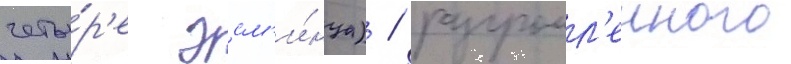
четы́р'е эсм'и́нца) / разгромл'енного